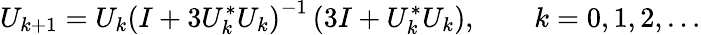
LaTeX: U_{k+1}=U_{k}\left(I+3U_{k}^{*}U_{k}\right)^{-1}\left(3I+U_{k}^{*}U_{k}\right),\qquad k=0,1,2,\ldots